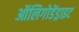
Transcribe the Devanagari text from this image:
ऑलिगोडेंड्राइट